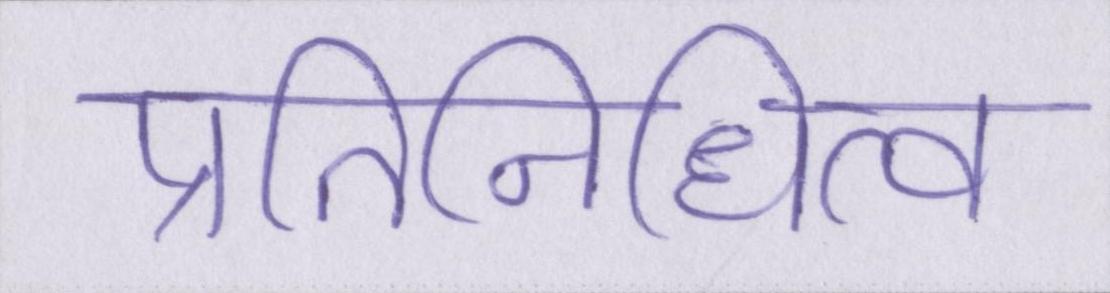
प्रतिनिधित्व